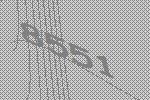
8551